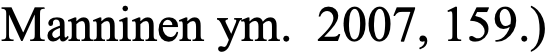
Manninen ym. 2007, 159.)